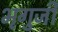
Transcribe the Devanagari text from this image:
भृगुजी